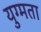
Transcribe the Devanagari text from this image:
युग्मता